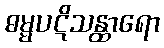
ဓမ္မပဋိသန္ထာရော